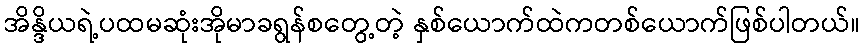
အိန္ဒိယရဲ့ပထမဆုံးအိုမာခရွန်စတွေ့တဲ့ နှစ်ယောက်ထဲကတစ်ယောက်ဖြစ်ပါတယ်။